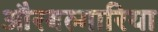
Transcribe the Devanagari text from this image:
औरबल्गारिया